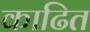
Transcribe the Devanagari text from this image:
काढित